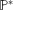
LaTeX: \mathbb { P ^ { * } }